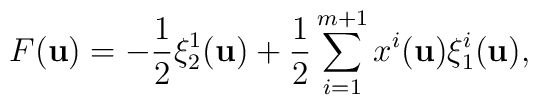
F({\bf u})=-\frac{1}{2}\xi_2^1({\bf u})+\frac{1}{2}\sum_{i=1}^{m+1}x^i({\bf u})\xi_1^i({\bf u}),